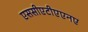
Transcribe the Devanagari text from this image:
एससीएटीएएनए